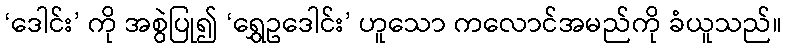
‘ဒေါင်း’ ကို အစွဲပြု၍ ‘ရွှေဥဒေါင်း’ ဟူသော ကလောင်အမည်ကို ခံယူသည်။